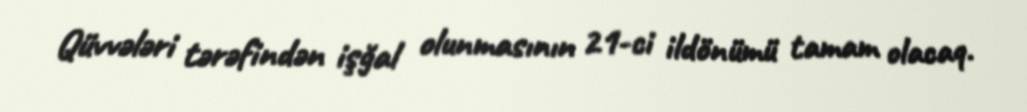
Qüvvələri tərəfindən işğal olunmasının 21-ci ildönümü tamam olacaq.